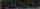
PLIARINIP